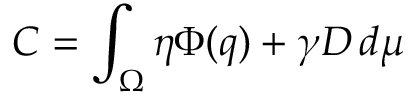
C = \int _ { \Omega } \eta \Phi ( q ) + \gamma D \, d \mu